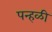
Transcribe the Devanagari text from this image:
पन्हळी